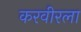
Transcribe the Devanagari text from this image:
करवीरला